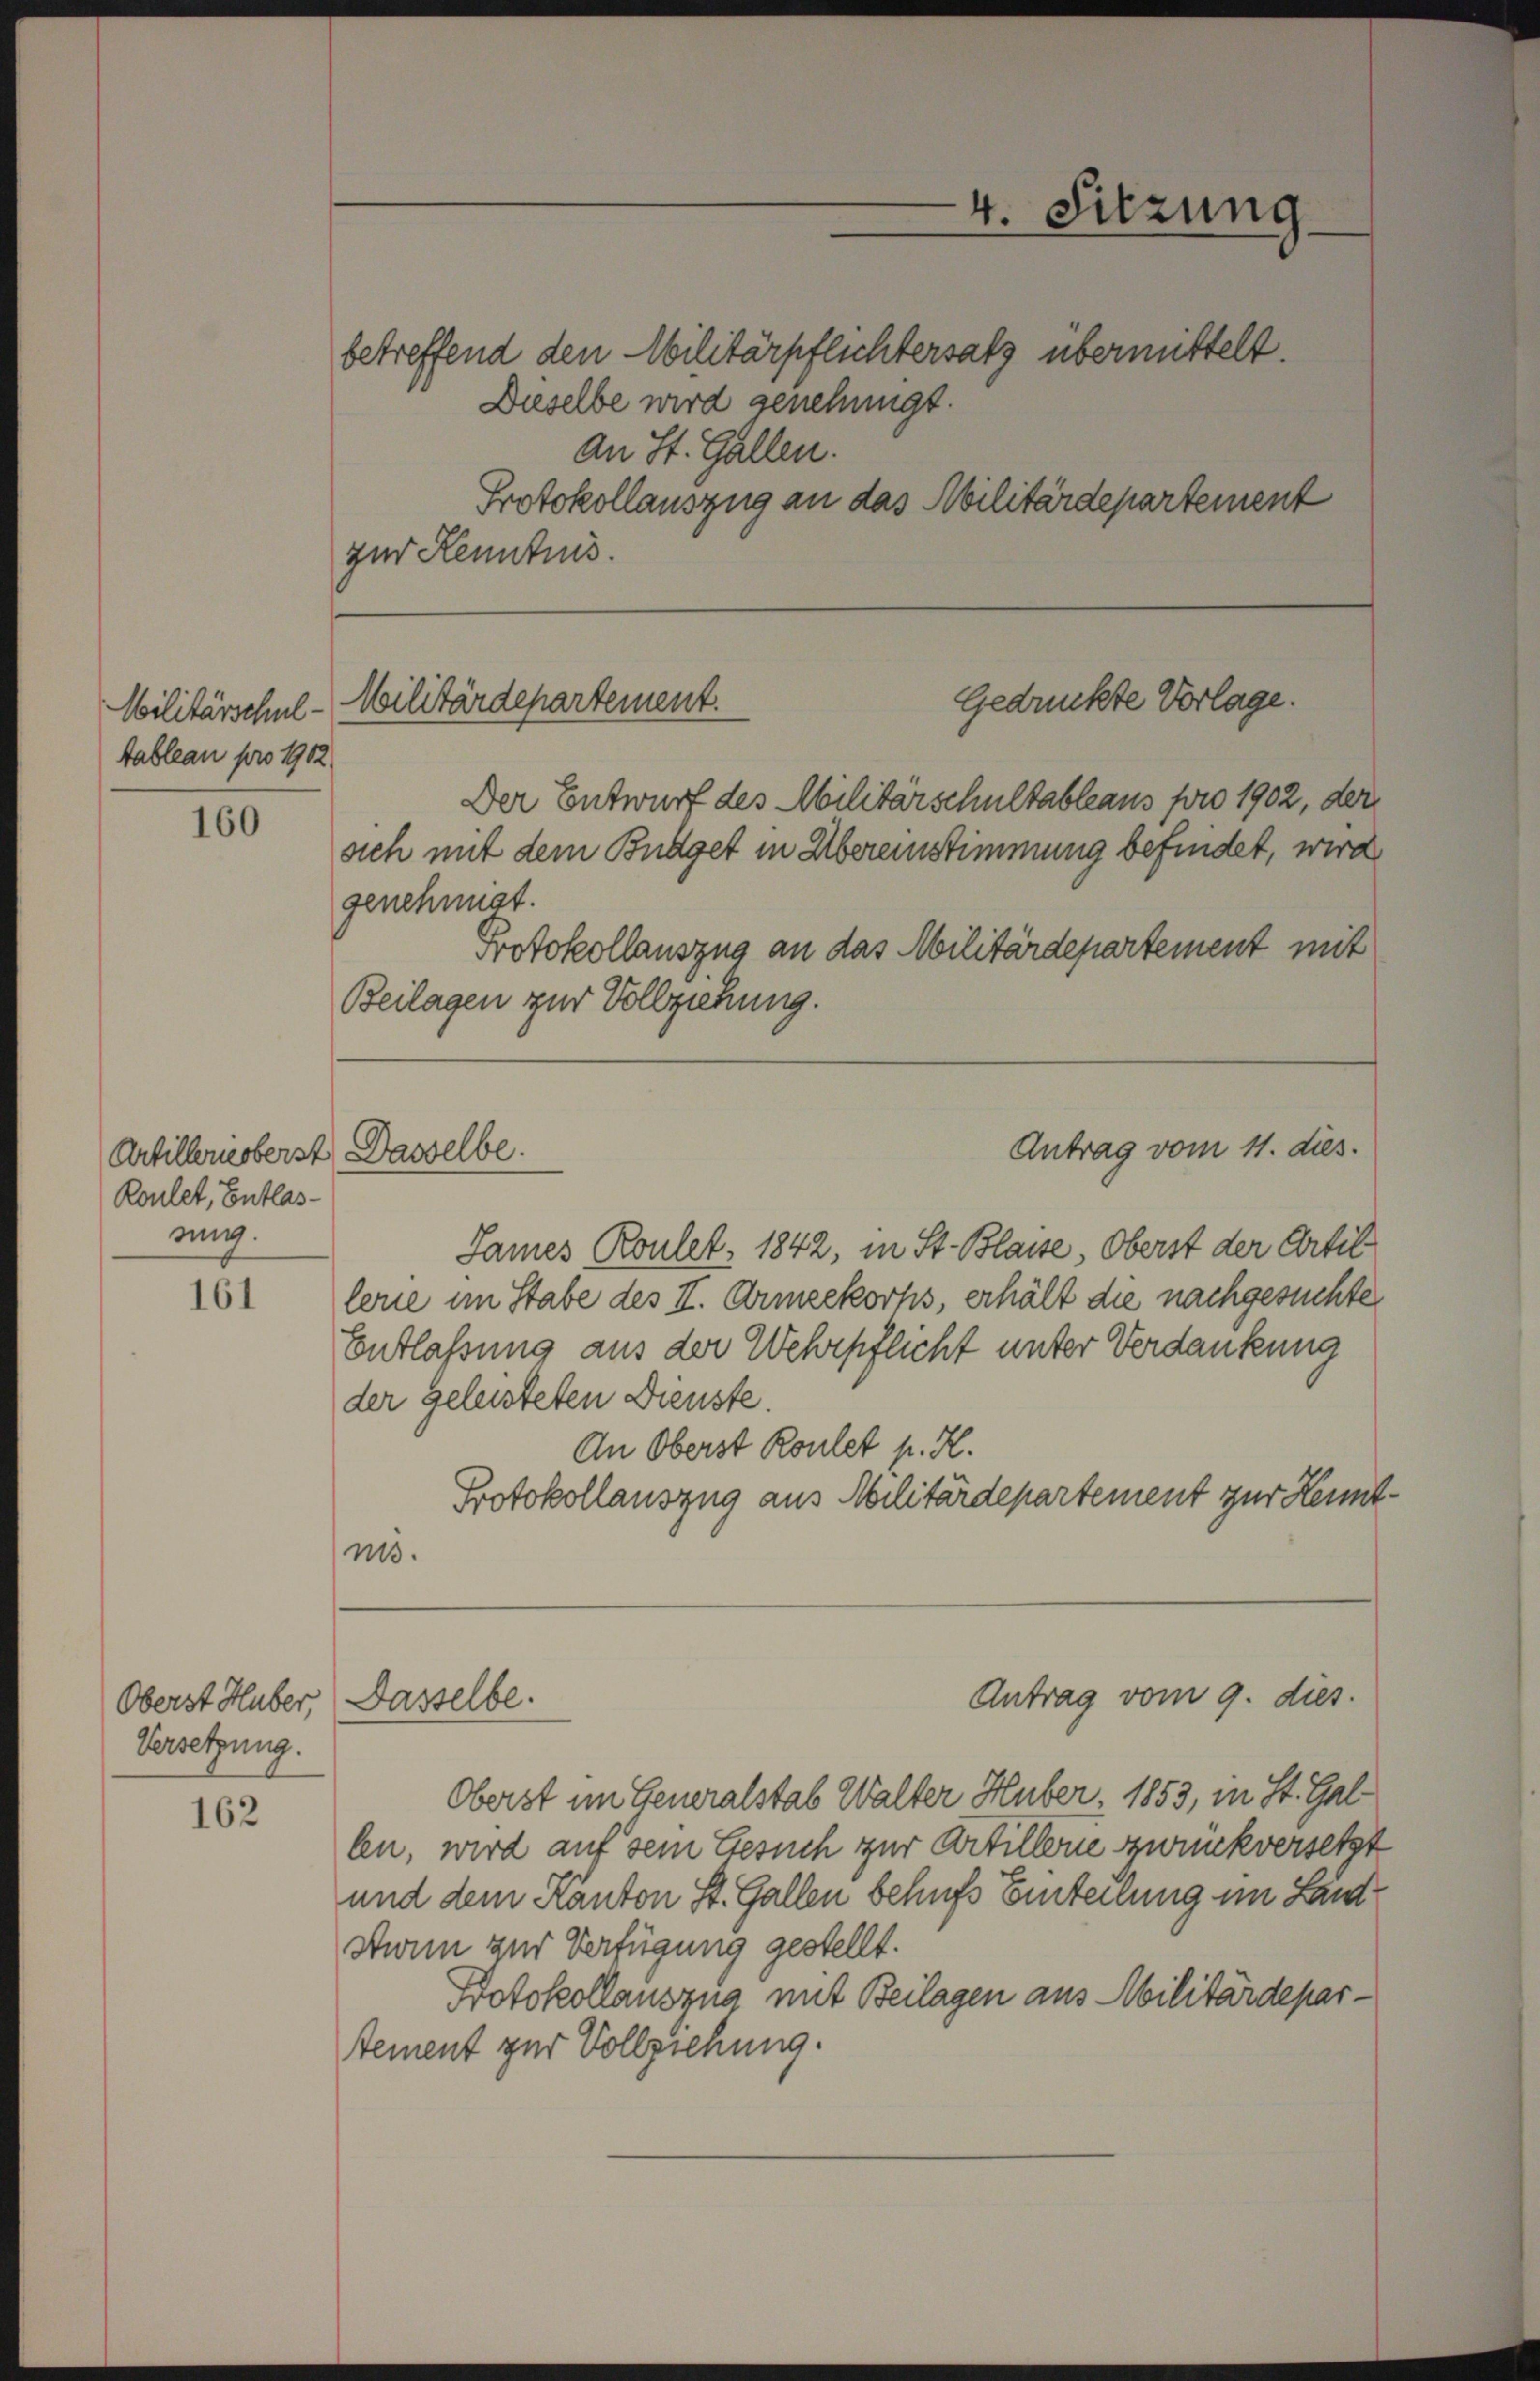
tableau pro 1902.

160

Artillerie oberst Dasselbe.
Ronlet, Entlassung.

161

Oberst Huber,
Versetzung.

162

Gedrückte Vorlage.
Militärschul-Militärdepartement.

betreffend den Militärpflichtersatz übermittelt.
Dieselbe wird genehmigt.
an St. Gallen.
Protokollauszug an das Abilitärdepartement
zur Kenntnis.

Der Entwurf des Militärschultableaus pro 1902, der
genehmigt.
Protokollauszug an das Militärdepartement mit
Beilagen zur Vollziehung.

sich mit dem Budget in Übereinstimmung befindet, wird

4. Sitzung

James Roulet, 1842, in St. Blasse, Oberst der Artil
lerie im Stabe des II. Armeekorps, erhält die nachgesuchte
Entlaßung aus der Wehrpflicht unter Verdankung
der geleisteten Dienste.
An Oberst Roulet p. H.
Protokollauszug aus Militärdepartement zur Kennt
ms.
Antrag vom 9. dies
Dasselbe.
Oberst im Generalstab Walter Huber, 1853, in St. Gallen, wird auf sein Gesuch zur Artillene zwinkversetzt
und dem Kanton St. Gallen behufs Einteilung im Land¬
Swin zur Verfügung gestellt.
Protokollauszug mit Beilagen aus Militärdepartement zur Vollziehung.

Antrag vom 11. dies.